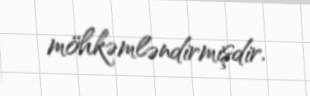
möhkəmləndirmişdir.